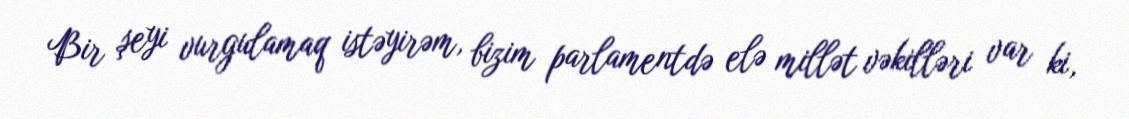
Bir şeyi vurgulamaq istəyirəm, bizim parlamentdə elə millət vəkilləri var ki,